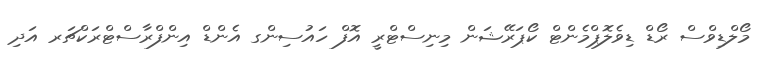
މޯލްޑިވްސް ރޯޑް ޑިވެލޮޕްމެންޓް ކޯޕަރޭޝަން މިނިސްޓްރީ އޮފް ހައުސިންގ އެންޑް އިންފްރާސްޓްރަކްޗަރ އަދި